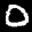
Label: 0